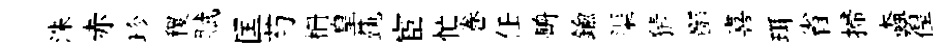
洙赤珍稷賦匡芍栅皇蓺宦忙巻任輈鍮渠猜鄙喜珥省掃螙徨